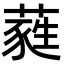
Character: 蕤